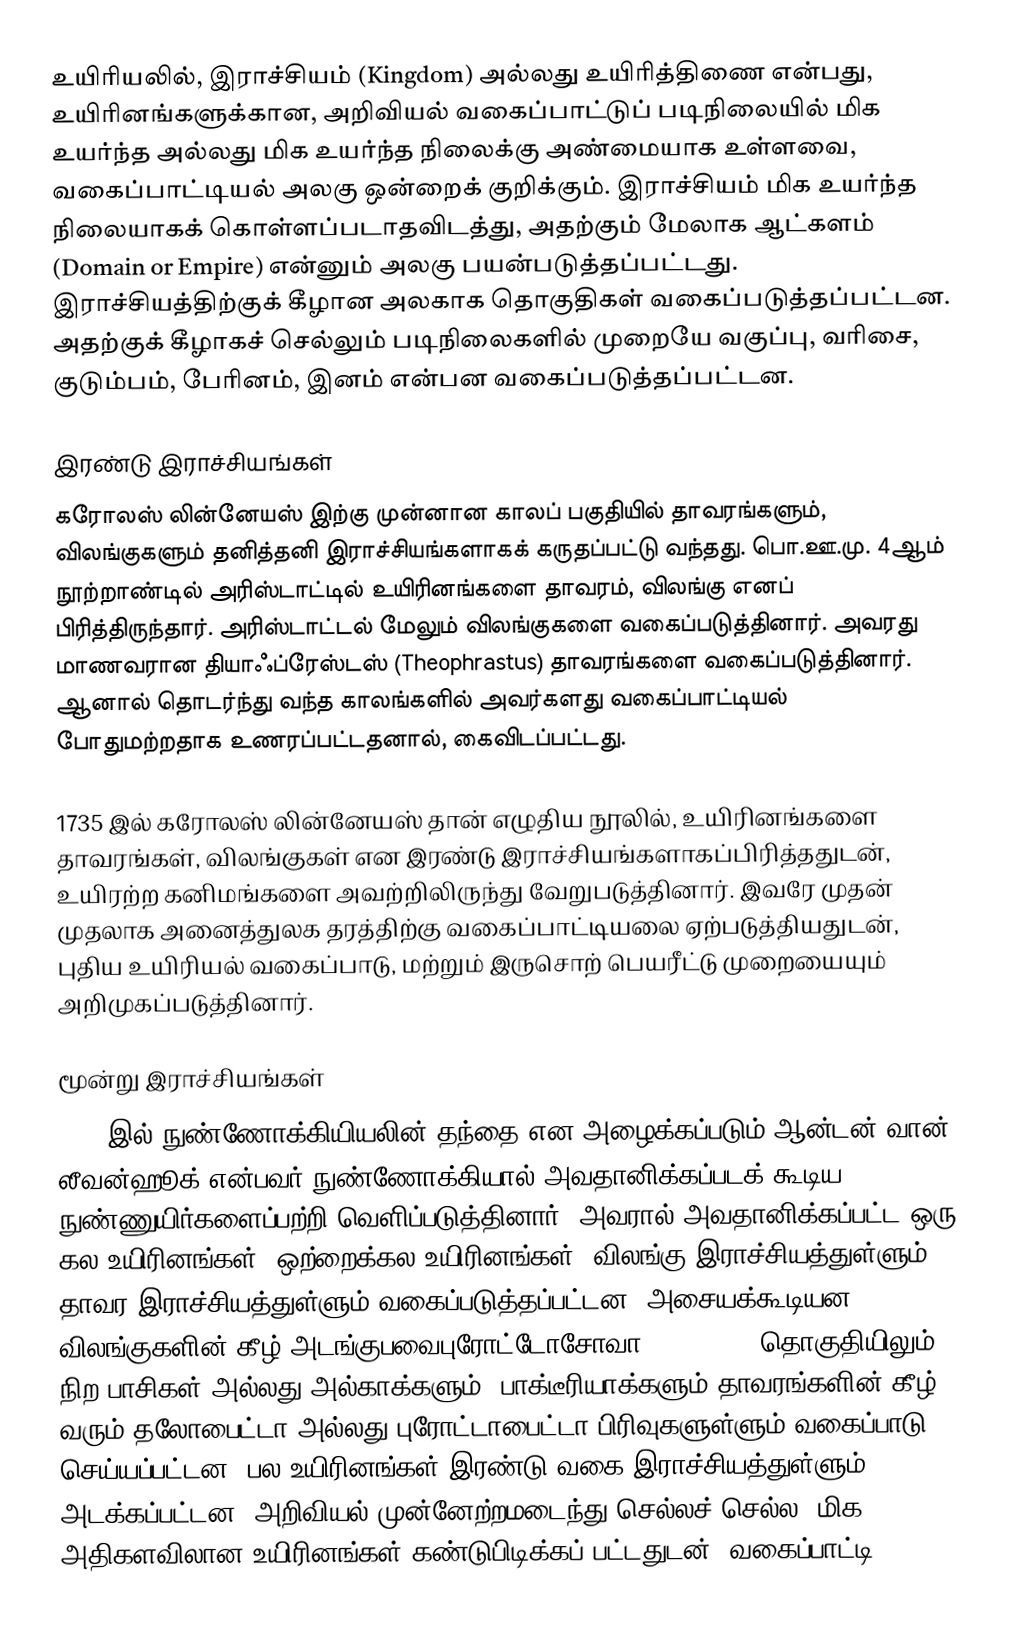
உயிரியலில், இராச்சியம் (Kingdom) அல்லது உயிரித்திணை என்பது, உயிரினங்களுக்கான, அறிவியல் வகைப்பாட்டுப் படிநிலையில் மிக உயர்ந்த அல்லது மிக உயர்ந்த நிலைக்கு அண்மையாக உள்ளவை, வகைப்பாட்டியல் அலகு ஒன்றைக் குறிக்கும். இராச்சியம் மிக உயர்ந்த நிலையாகக் கொள்ளப்படாதவிடத்து, அதற்கும் மேலாக ஆட்களம் (Domain or Empire) என்னும் அலகு பயன்படுத்தப்பட்டது. இராச்சியத்திற்குக் கீழான அலகாக தொகுதிகள் வகைப்படுத்தப்பட்டன. அதற்குக் கீழாகச் செல்லும் படிநிலைகளில் முறையே வகுப்பு, வரிசை, குடும்பம், பேரினம், இனம் என்பன வகைப்படுத்தப்பட்டன.

இரண்டு இராச்சியங்கள்
கரோலஸ் லின்னேயஸ் இற்கு முன்னான காலப் பகுதியில் தாவரங்களும், விலங்குகளும் தனித்தனி இராச்சியங்களாகக் கருதப்பட்டு வந்தது. பொ.ஊ.மு. 4ஆம் நூற்றாண்டில் அரிஸ்டாட்டில் உயிரினங்களை தாவரம், விலங்கு எனப் பிரித்திருந்தார். அரிஸ்டாட்டல் மேலும் விலங்குகளை வகைப்படுத்தினார். அவரது மாணவரான தியாஃப்ரேஸ்டஸ் (Theophrastus) தாவரங்களை வகைப்படுத்தினார். ஆனால் தொடர்ந்து வந்த காலங்களில் அவர்களது வகைப்பாட்டியல் போதுமற்றதாக உணரப்பட்டதனால், கைவிடப்பட்டது.

1735 இல் கரோலஸ் லின்னேயஸ் தான் எழுதிய நூலில், உயிரினங்களை தாவரங்கள், விலங்குகள் என இரண்டு இராச்சியங்களாகப்பிரித்ததுடன், உயிரற்ற கனிமங்களை அவற்றிலிருந்து வேறுபடுத்தினார். இவரே முதன் முதலாக அனைத்துலக தரத்திற்கு வகைப்பாட்டியலை ஏற்படுத்தியதுடன், புதிய உயிரியல் வகைப்பாடு, மற்றும் இருசொற் பெயரீட்டு முறையையும் அறிமுகப்படுத்தினார்.

மூன்று இராச்சியங்கள்
1674 இல் நுண்ணோக்கியியலின் தந்தை என அழைக்கப்படும் ஆன்டன் வான் லீவன்ஹூக் என்பவர் நுண்ணோக்கியால் அவதானிக்கப்படக் கூடிய நுண்ணுயிர்களைப்பற்றி வெளிப்படுத்தினார். அவரால் அவதானிக்கப்பட்ட ஒரு கல உயிரினங்கள் (ஒற்றைக்கல உயிரினங்கள்) விலங்கு இராச்சியத்துள்ளும், தாவர இராச்சியத்துள்ளும் வகைப்படுத்தப்பட்டன. அசையக்கூடியன, விலங்குகளின் கீழ் அடங்குபவைபுரோட்டோசோவா (Protozoa) தொகுதியிலும், நிற பாசிகள் அல்லது அல்காக்களும், பாக்டீரியாக்களும் தாவரங்களின் கீழ் வரும் தலோபைட்டா அல்லது புரோட்டாபைட்டா பிரிவுகளுள்ளும் வகைப்பாடு செய்யப்பட்டன. பல உயிரினங்கள் இரண்டு வகை இராச்சியத்துள்ளும் அடக்கப்பட்டன. அறிவியல் முன்னேற்றமடைந்து செல்லச் செல்ல, மிக அதிகளவிலான உயிரினங்கள் கண்டுபிடிக்கப் பட்டதுடன், வகைப்பாட்டி